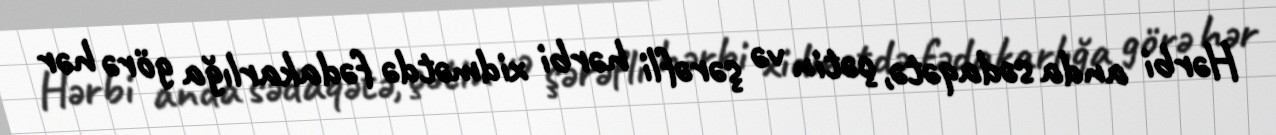
Hərbi anda sədaqətə, çətin və şərəfli hərbi xidmətdə fədakarlığa görə hər